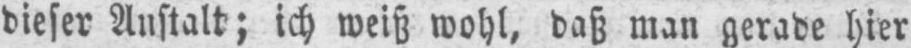
dieser Anstalt; ich weiß wohl, daß man gerade hier